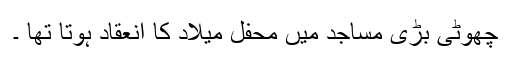
چھوٹی بڑی مساجد میں محفل میلاد کا انعقاد ہوتا تھا ۔